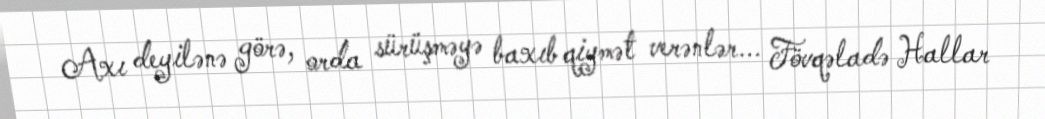
Axı deyilənə görə, orda sürüşməyə baxıb qiymət verənlər... Fövqəladə Hallar